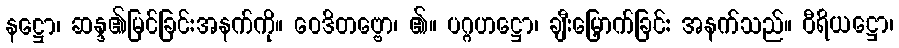
နဋ္ဌော၊ ဆန္ဒ၏မြင်ခြင်းအနက်ကို။ ဝေဒိတဗ္ဗော၊ ၏။ ပဂ္ဂဟဋ္ဌော၊ ချီးမြှောက်ခြင်း အနက်သည်။ ဝီရိယဋ္ဌော၊